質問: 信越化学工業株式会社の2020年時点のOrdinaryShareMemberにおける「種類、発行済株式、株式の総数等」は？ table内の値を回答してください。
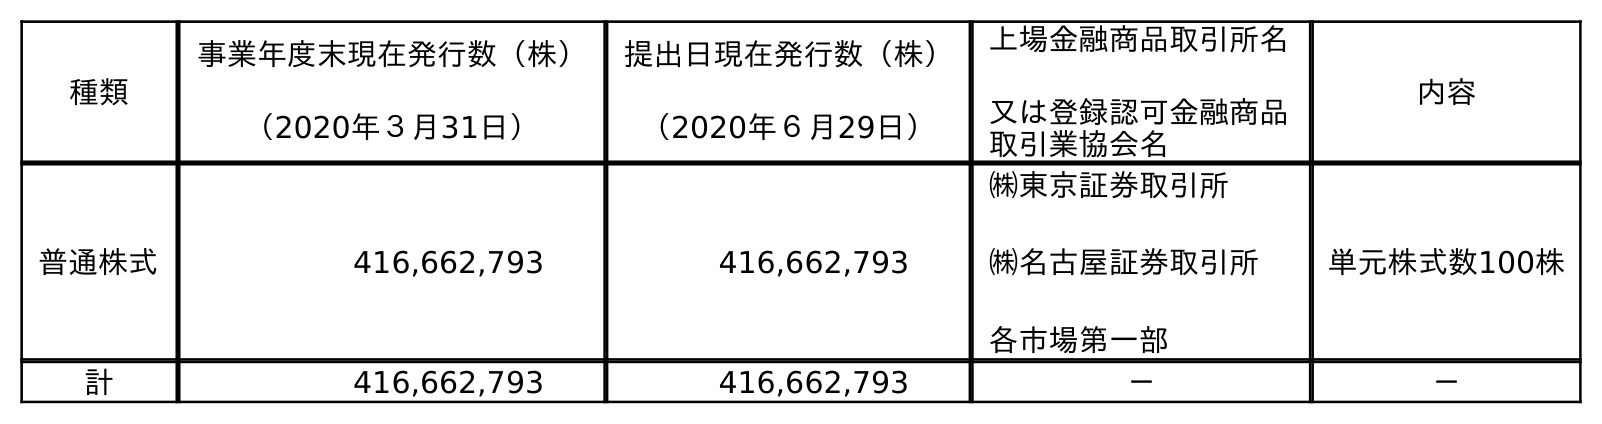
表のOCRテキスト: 種類 事業年度末現在発行数（株） （2020年３月31日） 提出日現在発行数（株） （2020年６月29日） 上場金融商品取引所名 又は登録認可金融商品 取引業協会名 内容 普通株式 416,662,793 416,662,793 ㈱東京証券取引所 ㈱名古屋証券取引所 各市場第一部 単元株式数100株 計 416,662,793 416,662,793 － －
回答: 普通株式